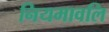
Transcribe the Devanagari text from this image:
नियमावलि